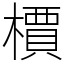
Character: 檟